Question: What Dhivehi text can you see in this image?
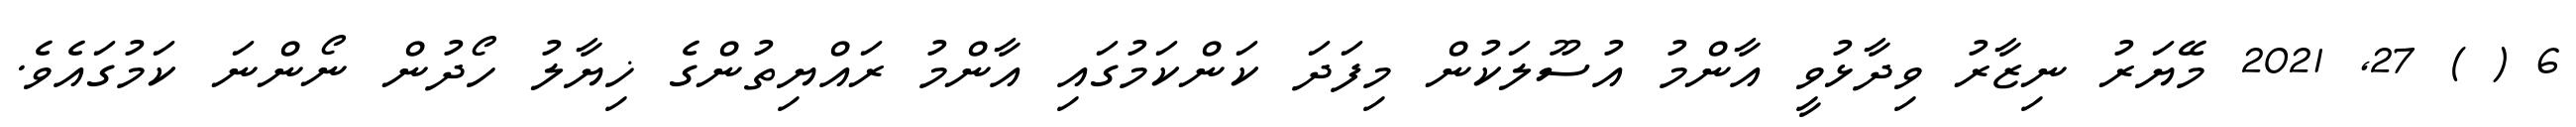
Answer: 6 ( ) 27, 2021 މޭޔަރު ނިޒާރު ވިދާޅުވީ އާންމު އުސޫލަކުން މިފަދަ ކަންކަމުގައި އާންމު ރައްޔިތުންގެ ޚިޔާލު ހޯދުން ނޯންނަ ކަމުގައެވެ.